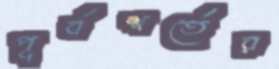
পূর্বশর্তের